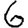
Digit: 6